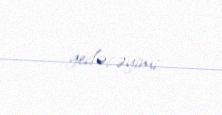
gedəcəyimi.